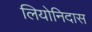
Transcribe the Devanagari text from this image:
लियोनिदास